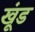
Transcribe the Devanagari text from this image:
खूंड